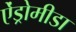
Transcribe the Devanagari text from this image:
ऐंड्रोमीडा